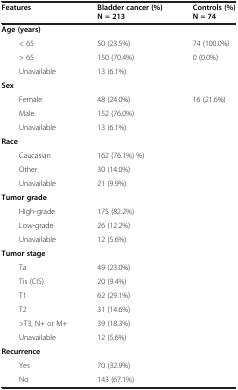
<table><thead><tr><td><b>Features</b></td><td><b>Bladder cancer (%) N = 213</b></td><td><b>Controls (%) N = 74</b></td></tr></thead><tbody><tr><td><b>Age (years)</b></td><td></td><td></td></tr><tr><td>&lt; 65</td><td>50 (23.5%)</td><td>74 (100.0%)</td></tr><tr><td>&gt; 65</td><td>150 (70.4%)</td><td>0 (0.0%)</td></tr><tr><td>Unavailable</td><td>13 (6.1%)</td><td></td></tr><tr><td><b>Sex</b></td><td></td><td></td></tr><tr><td>Female</td><td>48 (24.0%)</td><td>16 (21.6%)</td></tr><tr><td>Male</td><td>152 (76.0%)</td><td></td></tr><tr><td>Unavailable</td><td>13 (6.1%)</td><td></td></tr><tr><td><b>Race</b></td><td></td><td></td></tr><tr><td>Caucasian</td><td>162 (76.1%) %)</td><td></td></tr><tr><td>Other</td><td>30 (14.0%)</td><td></td></tr><tr><td>Unavailable</td><td>21 (9.9%)</td><td></td></tr><tr><td><b>Tumor grade</b></td><td></td><td></td></tr><tr><td>High-grade</td><td>175 (82.2%)</td><td></td></tr><tr><td>Low-grade</td><td>26 (12.2%)</td><td></td></tr><tr><td>Unavailable</td><td>12 (5.6%)</td><td></td></tr><tr><td><b>Tumor stage</b></td><td></td><td></td></tr><tr><td>Ta</td><td>49 (23.0%)</td><td></td></tr><tr><td>Tis (CIS)</td><td>20 (9.4%)</td><td></td></tr><tr><td>T1</td><td>62 (29.1%)</td><td></td></tr><tr><td>T2</td><td>31 (14.6%)</td><td></td></tr><tr><td>&gt;T3, N+ or M+</td><td>39 (18.3%)</td><td></td></tr><tr><td>Unavailable</td><td>12 (5.6%)</td><td></td></tr><tr><td><b>Recurrence</b></td><td></td><td></td></tr><tr><td>Yes</td><td>70 (32.9%)</td><td></td></tr><tr><td>No</td><td>143 (67.1%)</td><td></td></tr></tbody></table>